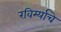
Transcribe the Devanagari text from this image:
रविर्म्याचे